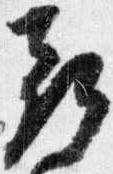
尋